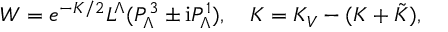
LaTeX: W = e ^ { - { \cal K } / 2 } L ^ { \Lambda } ( P _ { \Lambda } ^ { 3 } \pm \mathrm { i } P _ { \Lambda } ^ { 1 } ) , \quad { \cal K } = K _ { V } - ( K + \tilde { K } ) ,